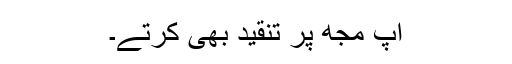
آپ مجھ پر تنقید بھی کرتے۔